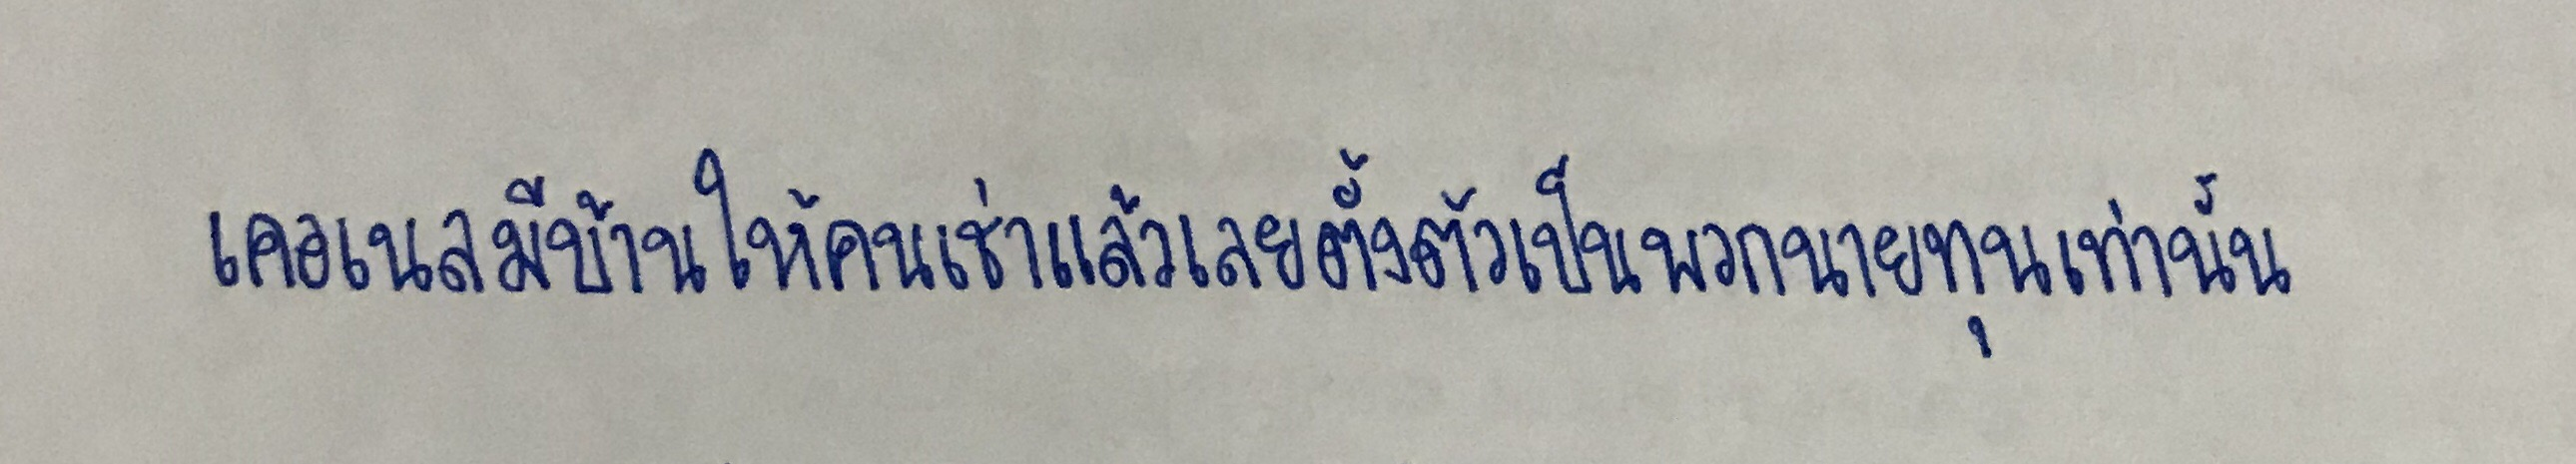
เคอเนลมีบ้านให้คนเช่าแล้วเลยตั้งตัวเป็นพวกนายทุนเท่านั้น